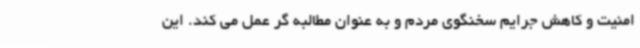
امنیت و کاهش جرایم سخنگوی مردم و به عنوان مطالبه گر عمل می کند. این